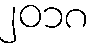
၂၀၁၈